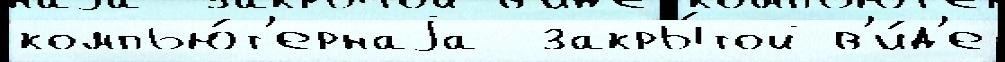
компью́т'ернаjа  закры́той в'и́д'е